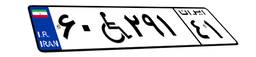
۹۳W۲۱۰۸۶